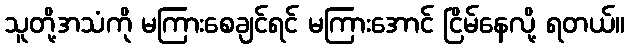
သူတို့အသံကို မကြားစေချင်ရင် မကြားအောင် ငြိမ်နေလို့ ရတယ်။